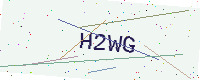
Text: H2WG